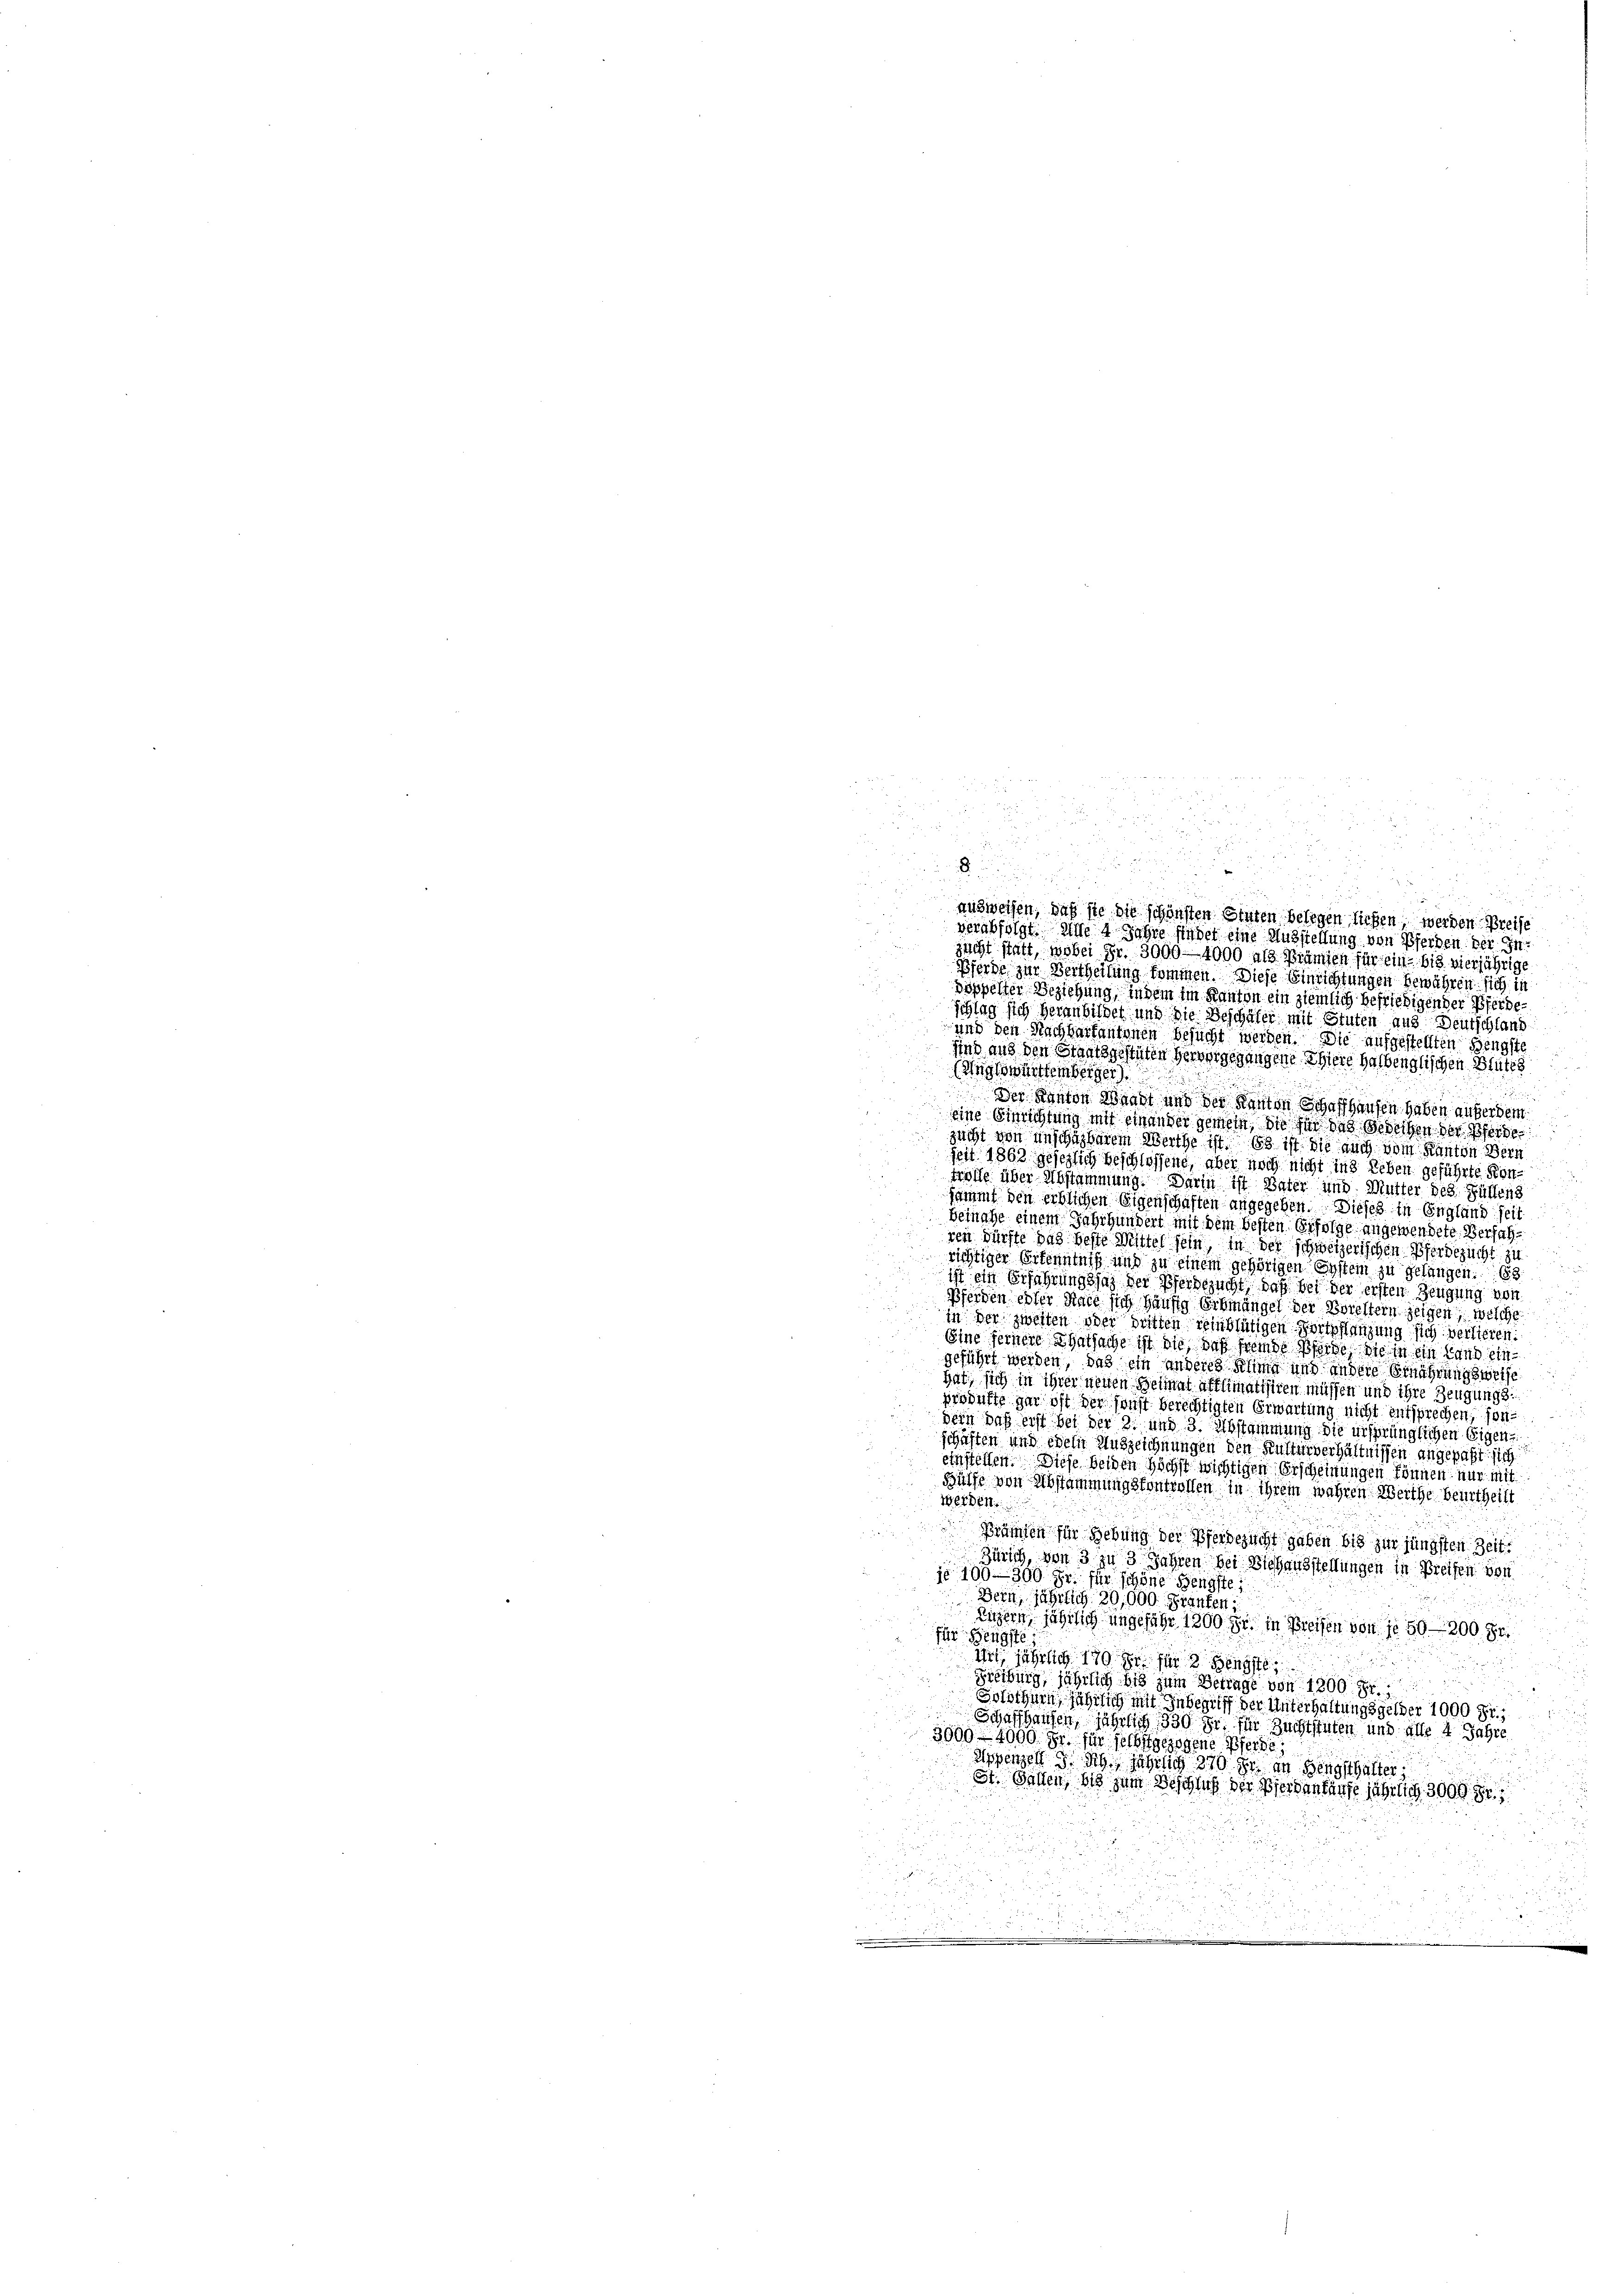
S. und nun au

1

n
anzweisen, daß sie die schönsten Sitten belegen sichen, werden Breise
verabfolgt alle 4 Jahre findet eine Ausstellung von Pferden der Injacht statt, wobei Fr. 3000 - 4000 als Prämisch für ein - bis vierjährige
Pferde zur Vertheilung kommen. Diese Einrichtungen bewähren sich in
doppelter Beziehung, in dem im Kanton ein ziemlich befriedigen der Pferde-
Schlag sich heranbildet und die Beschäfer mit Stuten aus Deutschland
und den Nachbartantonen besucht werden. Die aufgestellten Hengste
sind aus den Staatsgestäten hervorgegangene Thiere halbenglischen Blutes
(Ungewürttemberger

Der Kanton Waadt und der Kanton Schaffhausen haben aufer dem
eine Einrichtung mit einander gemein, die für das Gedeihen der Pferde
zucht von unschazbarem Werthe ist. Es ist die auch vom Kanton Bern
seit 1862 gesezlich beschlossene, aber noch nicht ins Leben geführte Kon-
trolle über Abstammung. Darin ist Vater und Mutter des Füllen
sammt den erblichen Eigenschaften angegeben. Dieses in England seit
Beinahe einem Jahrhundert mit dem besten Erfolge angewendete Verfahten dürfte das beste Wittel sein in des Schweizerischen Pferdezucht zu
richtiger Erkenntniß und zu einem gehörigen Erstein zu gelangen. 163
ist ein Erfahrungsjag der Pferdezucht, daß bei der ersten Zeugung von
Pferden ebter Race sich häufig Erbmängel der Boreltern zeigen, welche
in der zweiten oder dritten reinblütigen Fortpflanzung sich verlieren.
Eine fernere Thatsache ist die das fremde Pferde, die in ein Land ein
geführt werden, das ein anderes Schme und andere Ernährungsweise
hat, sich in ihrer neuen Heimat afflimatisiren müssen und ihre Zeugungs:
produkte gar oft der sonst berechtigten Erwartung nicht entsprechen, sondern das erst bei der 2. und 3. Abstammung die ursprünglichen Eigen-
schäften und odern Auszeichnungen den Kulturverhältnissen angepaßt sich
einstellen. Diese beiden höchst wichtigen Erscheinungen können nur mit
Hülfe von Abstammungskontrollen in ihrem wahren Werthe beurtheilt
Werden.
Prämien für Gebung der Pferdezucht gaben bis zur jüngsten Zeit.
Zürich, von 3 zu 3 Jahren bei Viehausstellungen in Breifen von
je 100–300 Fr. für schöne Hengste

Bern, jährlich 20,000. Franten;
Luzern jährlich ungefähr 1200 Fr. in Breisen von je 50 - 300. Fr.
für Hengste
Art, jährlich 170 fr für 2 Hengste
Freiburg, jährlich bis zum Betrage von 1200 Fr.
Solothurn, führlich mit Inbegriff der Unterhaltungsgelder 1000 Fr.;
Schaffhausen, jährlich 330 fr. für Zuchtstuten und alle 4 Jahre
3000 - 4000. Fr. für selbst gezogene Pferde;
Appenzelt d. h. jährlich 370 Fr. in Bengsthälter
St. Gallen, bis zum Beschlich der Pferden fünfe jährlich 3000

d